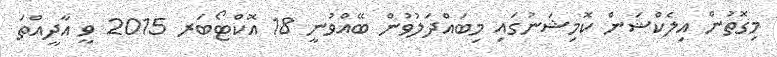
މިގޮތުން އިލެކްޝަން ކޮމިޝަނުގައި މިބައްދަލުވުން ބޭއްވުނީ 18 އޮކްޓޯބަރ 2015 ވީ އާދީއްތަ